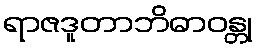
ရာဇဒူတာဘိဓာဝန္တု